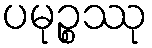
ပမုဉ္စဿု